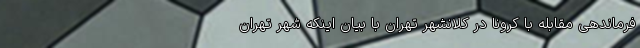
فرماندهی مقابله با کرونا در کلانشهر تهران با بیان اینکه شهر تهران